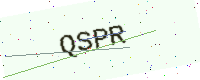
Text: QSPR